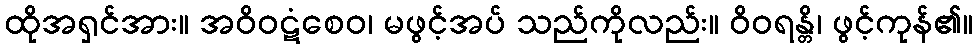
ထိုအရှင်အား။ အဝိဝဋံစေဝ၊ မဖွင့်အပ် သည်ကိုလည်း။ ဝိဝရန္တိ၊ ဖွင့်ကုန်၏။